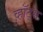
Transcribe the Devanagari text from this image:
व्हॉट्स